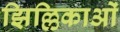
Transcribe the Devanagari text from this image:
झिल्लिकाओं